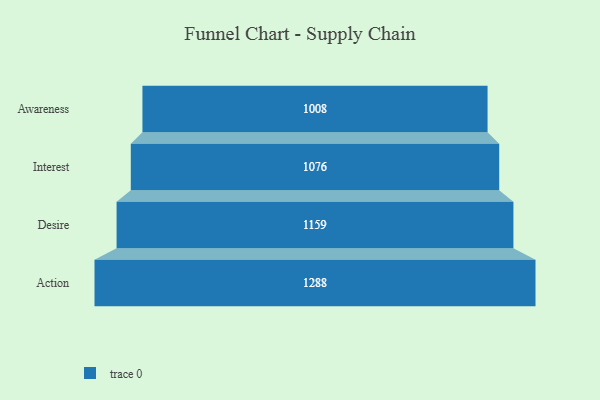
{"axis": {"x": "Stage", "y": "Value"}, "legend": [""], "data": [{"x": "Awareness", "y": 1008.0, "type": ""}, {"x": "Interest", "y": 1076.0, "type": ""}, {"x": "Desire", "y": 1159.0, "type": ""}, {"x": "Action", "y": 1288.0, "type": ""}]}